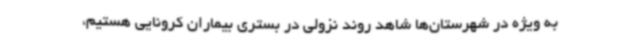
به ویژه در شهرستان‌ها شاهد روند نزولی در بستری بیماران کرونایی هستیم،